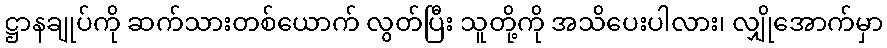
ဋ္ဌာနချုပ်ကို ဆက်သားတစ်ယောက် လွတ်ပြီး သူတို့ကို အသိပေးပါလား၊ လျှိုအောက်မှာ